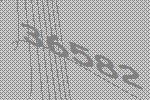
36582